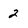
Character: 2